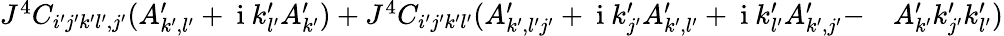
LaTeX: \begin{array}{rl}{J^{4}C_{i^{\prime}j^{\prime}k^{\prime}l^{\prime},j^{\prime}}(A_{k^{\prime},l^{\prime}}^{\prime}+\mathrm{~i~}k_{l^{\prime}}^{\prime}A_{k^{\prime}}^{\prime})+J^{4}C_{i^{\prime}j^{\prime}k^{\prime}l^{\prime}}(A_{k^{\prime},l^{\prime}j^{\prime}}^{\prime}+\mathrm{~i~}k_{j^{\prime}}^{\prime}A_{k^{\prime},l^{\prime}}^{\prime}+\mathrm{~i~}k_{l^{\prime}}^{\prime}A_{k^{\prime},j^{\prime}}^{\prime}-}&{{}A_{k^{\prime}}^{\prime}k_{j^{\prime}}^{\prime}k_{l^{\prime}}^{\prime})}\end{array}